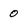
Character: 0